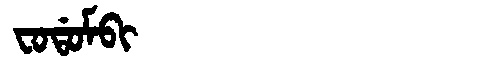
Manchu: ᠸᠣᡩᠣᠮᠪᡳ
Romanization: FODOMBI